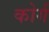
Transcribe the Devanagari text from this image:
कोर्ग